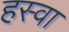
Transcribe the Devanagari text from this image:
हस्वा